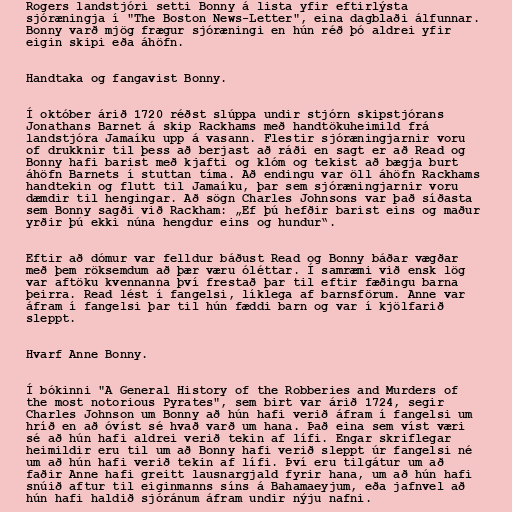
Rogers landstjóri setti Bonny á lista yfir eftirlýsta
sjóræningja í "The Boston News-Letter", eina dagblaði álfunnar.
Bonny varð mjög frægur sjóræningi en hún réð þó aldrei yfir
eigin skipi eða áhöfn.

Handtaka og fangavist Bonny.

Í október árið 1720 réðst slúppa undir stjórn skipstjórans
Jonathans Barnet á skip Rackhams með handtökuheimild frá
landstjóra Jamaíku upp á vasann. Flestir sjóræningjarnir voru
of drukknir til þess að berjast að ráði en sagt er að Read og
Bonny hafi barist með kjafti og klóm og tekist að bægja burt
áhöfn Barnets í stuttan tíma. Að endingu var öll áhöfn Rackhams
handtekin og flutt til Jamaíku, þar sem sjóræningjarnir voru
dæmdir til hengingar. Að sögn Charles Johnsons var það síðasta
sem Bonny sagði við Rackham: „Ef þú hefðir barist eins og maður
yrðir þú ekki núna hengdur eins og hundur“.

Eftir að dómur var felldur báðust Read og Bonny báðar vægðar
með þem röksemdum að þær væru óléttar. Í samræmi við ensk lög
var aftöku kvennanna því frestað þar til eftir fæðingu barna
þeirra. Read lést í fangelsi, líklega af barnsförum. Anne var
áfram í fangelsi þar til hún fæddi barn og var í kjölfarið
sleppt.

Hvarf Anne Bonny.

Í bókinni "A General History of the Robberies and Murders of
the most notorious Pyrates", sem birt var árið 1724, segir
Charles Johnson um Bonny að hún hafi verið áfram í fangelsi um
hríð en að óvíst sé hvað varð um hana. Það eina sem víst væri
sé að hún hafi aldrei verið tekin af lífi. Engar skriflegar
heimildir eru til um að Bonny hafi verið sleppt úr fangelsi né
um að hún hafi verið tekin af lífi. Því eru tilgátur um að
faðir Anne hafi greitt lausnargjald fyrir hana, um að hún hafi
snúið aftur til eiginmanns síns á Bahamaeyjum, eða jafnvel að
hún hafi haldið sjóránum áfram undir nýju nafni.